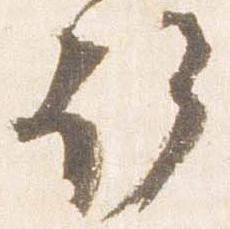
許